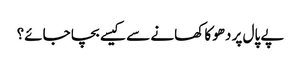
پے پال پر دھوکا کھانے سے کیسے بچا جائے؟